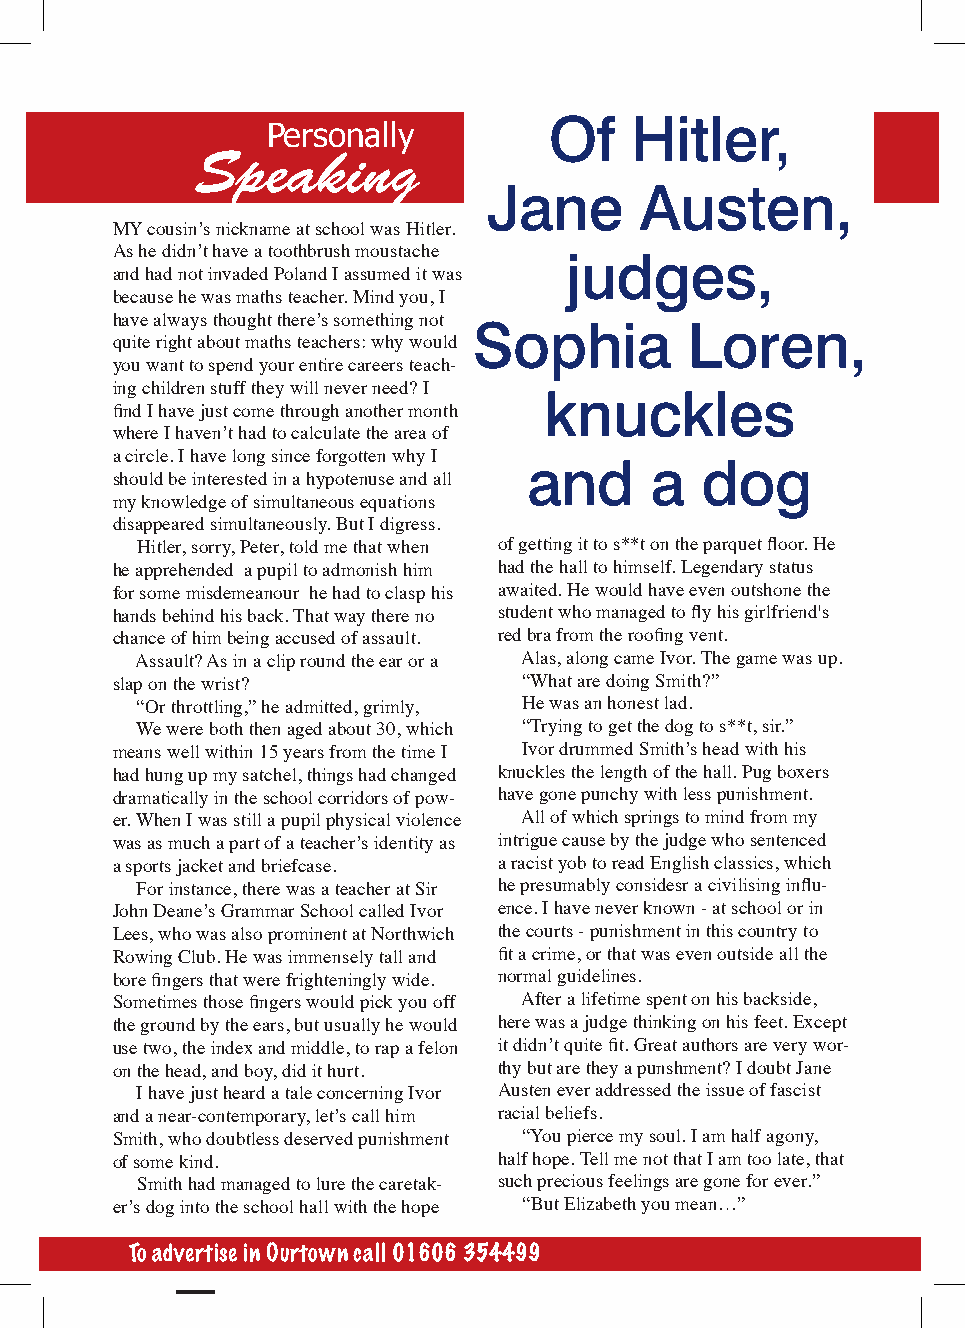
Personally
 Of    Hitler,
 Speaking
 Jane      Austen,
 MY cousin’s nickname at school was Hitler.
 As he didn’t have a toothbrush moustache judges,
 and had not invaded Poland I assumed it was
 because he was maths teacher. Mind you, I
 have always thought there’s something not Sophia Loren,
 quite right about maths teachers: why would
 you want to spend your entire careers teach-
 ing children stuff they will never need? I knuckles
 find I have just come through another month
 where I haven’t had to calculate the area of
 a circle. I have long since forgotten why I and a dog
 should be interested in a hypotenuse and all
 my knowledge of simultaneous equations
 disappeared simultaneously. But I digress.
 Hitler, sorry, Peter, told me that when of getting it to s**t on the parquet floor. He
 he apprehended a pupil to admonish him had the hall to himself. Legendary status
 for some misdemeanour he had to clasp his awaited. He would have even outshone the
 hands behind his back. That way there no student who managed to fly his girlfriend's
 chance of him being accused of assault. red bra from the roofing vent.
 Assault? As in a clip round the ear or a Alas, along came Ivor. The game was up.
 slap on the wrist?          “What are doing Smith?”
 “Or throttling,” he admitted, grimly, He was an honest lad.
 We were both then aged about 30, which “Trying to get the dog to s**t, sir.”
 means well within 15 years from the time I Ivor drummed Smith’s head with his
 had hung up my satchel, things had changed knuckles the length of the hall. Pug boxers
 dramatically in the school corridors of pow- have gone punchy with less punishment.
 er. When I was still a pupil physical violence All of which springs to mind from my
 was as much a part of a teacher’s identity as intrigue cause by the judge who sentenced
 a sports jacket and briefcase. a racist yob to read English classics, which
 For instance, there was a teacher at Sir he presumably considesr a civilising influ-
 John Deane’s Grammar School called Ivor ence. I have never known - at school or in
 Lees, who was also prominent at Northwich the courts - punishment in this country to
 Rowing Club. He was immensely tall and fit a crime, or that was even outside all the
 bore fingers that were frighteningly wide. normal guidelines.
 Sometimes those fingers would pick you off After a lifetime spent on his backside,
 the ground by the ears, but usually he would here was a judge thinking on his feet. Except
 use two, the index and middle, to rap a felon it didn’t quite fit. Great authors are very wor-
 on the head, and boy, did it hurt. thy but are they a punshment? I doubt Jane
 I have just heard a tale concerning Ivor Austen ever addressed the issue of fascist
 and a near-contemporary, let’s call him racial beliefs.
 Smith, who doubtless deserved punishment “You pierce my soul. I am half agony,
 of some kind.             half hope. Tell me not that I am too late, that
 Smith had managed to lure the caretak- such precious feelings are gone for ever.”
 er’s dog into the school hall with the hope “But Elizabeth you mean…”
 To advertise in Ourtown call 01606 3555874499                                   5599